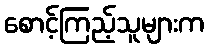
စောင့်ကြည့်သူများက